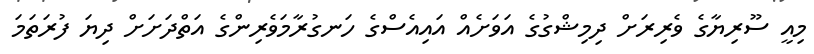
މިއީ ސޫރިޔާގެ ވެރިރަށް ދިމިޝްގުގެ އަވަށެއް އައިއެސްގެ ހަނގުރާމަވެރިންގެ އަތްދަަށަށް ދިޔަ ފުރަތަމަ